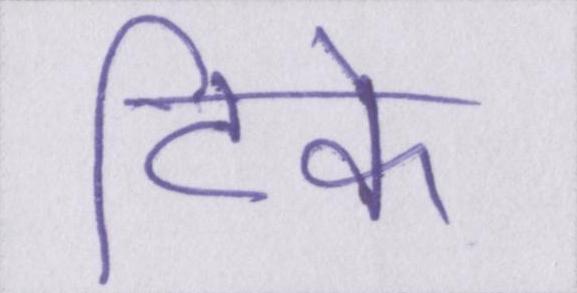
टिके